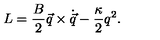
{ L } = { \frac { B } { 2 } } \vec { q } \times \dot { \vec { q } } - { \frac { \kappa } { 2 } } q ^ { 2 } .